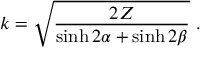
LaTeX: k = \sqrt { \frac { 2 Z } { \sinh 2 \alpha + \sinh 2 \beta } } \ .